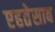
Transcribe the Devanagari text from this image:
एहतेसाब